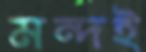
মন্দই